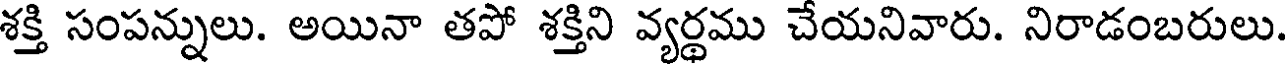
శక్తి సంపన్నులు. అయినా తపో శక్తిని వ్యర్థము చేయనివారు. నిరాడంబరులు